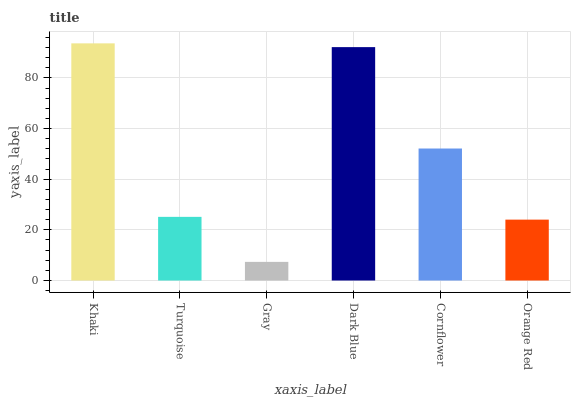
| xaxis_label | bars |
 | --- | --- |
 | Khaki | 93.6 |
 | Turquoise | 25.1 |
 | Gray | 7.36 |
 | Dark Blue | 92.1 |
 | Cornflower | 52.1 |
 | Orange Red | 24 |